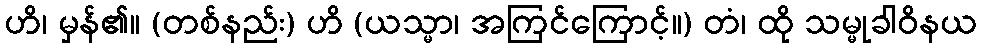
ဟိ၊ မှန်၏။ (တစ်နည်း) ဟိ (ယသ္မာ၊ အကြင်ကြောင့်။) တံ၊ ထို သမ္မုခါဝိနယ